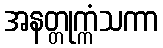
အနတ္တုက္ကံသကာ